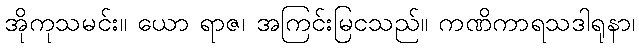
အိုကုသမင်း။ ယော ရာဇ၊ အကြင်းမြငသည်။ ကဏိကာရသဒါရုနာ၊